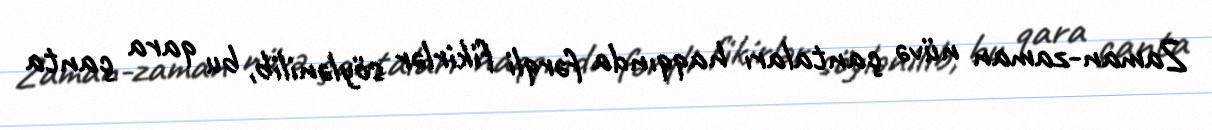
Zaman-zaman nüvə çantaları haqqında fərqli fikirlər söylənilib, bu qara çanta